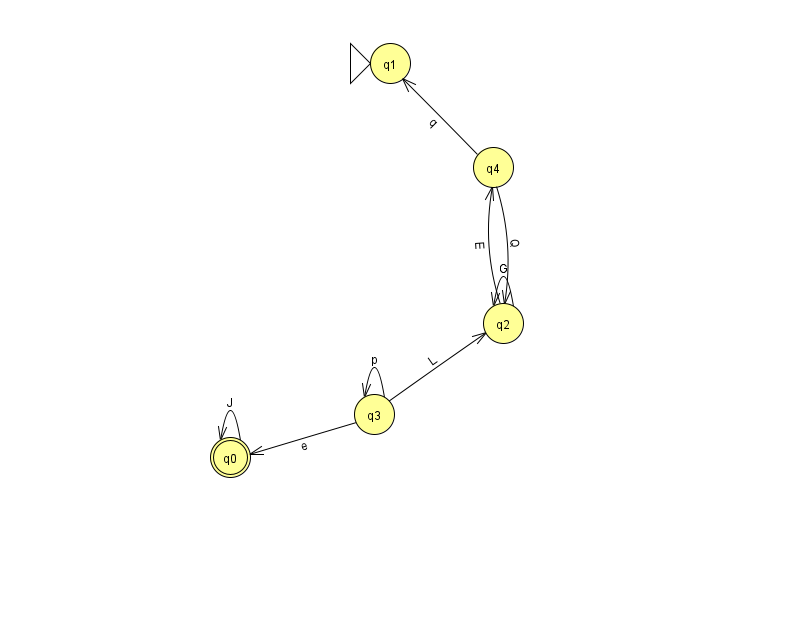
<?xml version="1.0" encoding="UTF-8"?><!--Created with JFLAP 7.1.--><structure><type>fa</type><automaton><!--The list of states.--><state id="0" name="q0"><x>230.0</x><y>444.0</y><final/></state><state id="1" name="q1"><x>390.0</x><y>50.0</y><initial/></state><state id="2" name="q2"><x>503.0</x><y>310.0</y></state><state id="3" name="q3"><x>374.0</x><y>401.0</y></state><state id="4" name="q4"><x>493.0</x><y>154.0</y></state><!--The list of transitions.--><transition><from>2</from><to>4</to><read>E</read></transition><transition><from>3</from><to>3</to><read>p</read></transition><transition><from>4</from><to>2</to><read>Q</read></transition><transition><from>3</from><to>2</to><read>L</read></transition><transition><from>4</from><to>1</to><read>q</read></transition><transition><from>2</from><to>2</to><read>G</read></transition><transition><from>0</from><to>0</to><read>J</read></transition><transition><from>3</from><to>0</to><read>e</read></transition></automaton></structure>